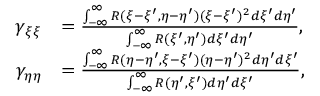
\begin{array} { r l } { \gamma _ { \xi \xi } } & { = \frac { \int _ { - \infty } ^ { \infty } R ( \xi - \xi ^ { \prime } , \eta - \eta ^ { \prime } ) ( \xi - \xi ^ { \prime } ) ^ { 2 } d \xi ^ { \prime } d \eta ^ { \prime } } { \int _ { - \infty } ^ { \infty } R ( \xi ^ { \prime } , \eta ^ { \prime } ) d \xi ^ { \prime } d \eta ^ { \prime } } , } \\ { \gamma _ { \eta \eta } } & { = \frac { \int _ { - \infty } ^ { \infty } R ( \eta - \eta ^ { \prime } , \xi - \xi ^ { \prime } ) ( \eta - \eta ^ { \prime } ) ^ { 2 } d \eta ^ { \prime } d \xi ^ { \prime } } { \int _ { - \infty } ^ { \infty } R ( \eta ^ { \prime } , \xi ^ { \prime } ) d \eta ^ { \prime } d \xi ^ { \prime } } , } \end{array}